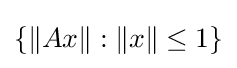
\{\|Ax\|:\|x\|\leq 1\}